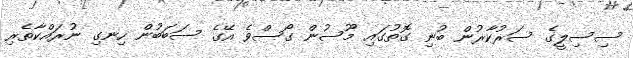
ސިސިލީގެ ސަރުކާރުން ބުނި ގޮތުގައި މޫސުން ގޯސްވެ އޭގެ ސަބަބުން ހިނގި ނުރައްކާތެރި